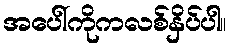
အပေါ်ကိုကလစ်နှိပ်ပါ။